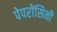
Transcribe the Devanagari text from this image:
पेपरोंसिनी